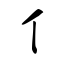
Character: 亻